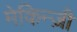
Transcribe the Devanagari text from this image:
मेकिन्ज़ी